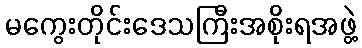
မကွေးတိုင်းဒေသကြီးအစိုးရအဖွဲ့